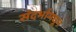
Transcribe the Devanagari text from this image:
संदर्भामधून